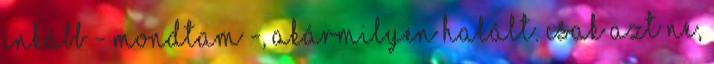
inkább - mondtam -, akármilyen halált. csak azt ne,